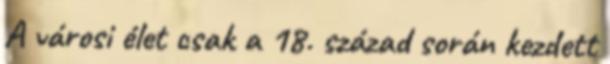
A városi élet csak a 18. század során kezdett